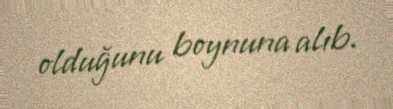
olduğunu boynuna alıb.